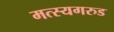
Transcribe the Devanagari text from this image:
मत्स्यगरुड